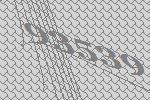
93539